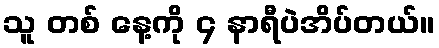
သူ တစ် နေ့ကို ၄ နာရီပဲအိပ်တယ်။